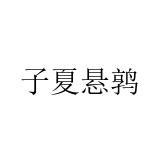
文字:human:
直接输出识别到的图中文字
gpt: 子夏悬鹑